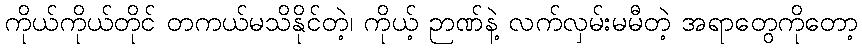
ကိုယ်ကိုယ်တိုင် တကယ်မသိနိုင်တဲ့၊ ကိုယ့် ဉာဏ်နဲ့ လက်လှမ်းမမီတဲ့ အရာတွေကိုတော့